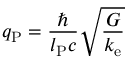
q _ { \mathrm { P } } = { \frac { \hbar } { l _ { \mathrm { P } } c } } { \sqrt { \frac { G } { k _ { \mathrm { e } } } } }